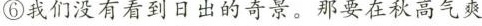
⑥我们没有看到日出的奇景。那要在秋高气贞